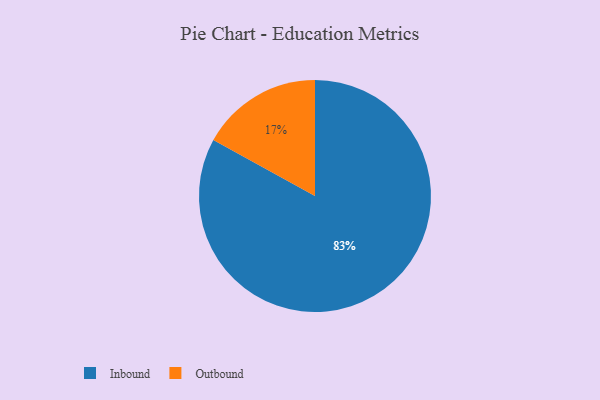
{"axis": {"x": "Category", "y": "Percentage"}, "legend": ["Inbound", "Outbound"], "data": [{"x": "Inbound", "y": 83, "type": "Inbound"}, {"x": "Outbound", "y": 17, "type": "Outbound"}]}